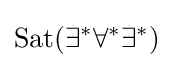
{\rm {{Sat}(\exists ^{*}\forall ^{*}\exists ^{*})}}